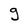
Character: g